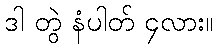
ဒါ တွဲ နံပါတ် ၄လား။